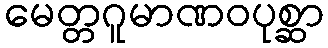
မေတ္တဂူမာဏဝပုစ္ဆာ